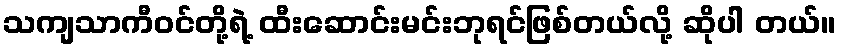
သကျသာကီဝင်တို့ရဲ့ ထီးဆောင်းမင်းဘုရင်ဖြစ်တယ်လို့ ဆိုပါ တယ်။